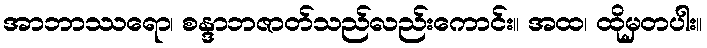
အာဘာဿရော၊ စန္ဒာဘဇာတ်သည်လည်းကောင်း။ အထ၊ ထိုမှတပါး။